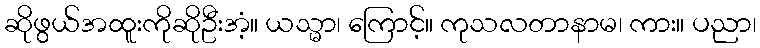
ဆိုဖွယ်အထူးကိုဆိုဦးအံ့။ ယသ္မာ၊ ကြောင့်။ ကုသလတာနာမ၊ ကား။ ပညာ၊